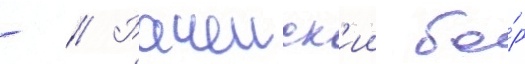
- // Рачеиск'ии бо́р